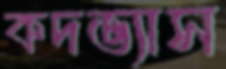
কদভ্যাস